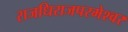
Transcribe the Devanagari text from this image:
राजधिराजपरमेश्वर